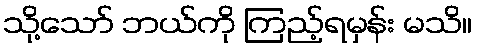
သို့သော် ဘယ်ကို ကြည့်ရမှန်း မသိ။